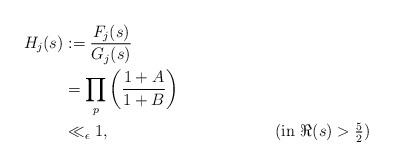
LaTeX: \begin{align*}H_{j}(s)&:=\frac{F_{j}(s)}{G_{j}(s)} \\&=\prod_{p}^{}\left(\frac{1+A}{1+B}\right) \\&\ll_{\epsilon} 1, &&(\mbox{in $\Re(s)>\frac{5}{2}$})\end{align*}